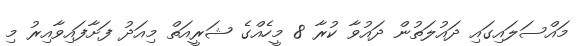
މައްސަލައިގައި ދައުލަތުން ދައުވާ ކުރާ 8 މީހެއްގެ ޝަރީއަތް މިއަދު ފަށާފައިވާއިރު މި